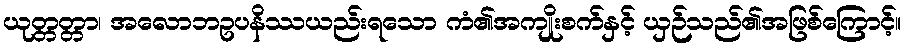
ယုတ္တတ္တာ၊ အလောဘဥပနိဿယည်းရသော ကံ၏အကျိုးစက်နှင့် ယှဉ်သည်၏အဖြစ်ကြောင့်။